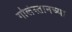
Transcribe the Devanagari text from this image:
गोलेस्तानच्या